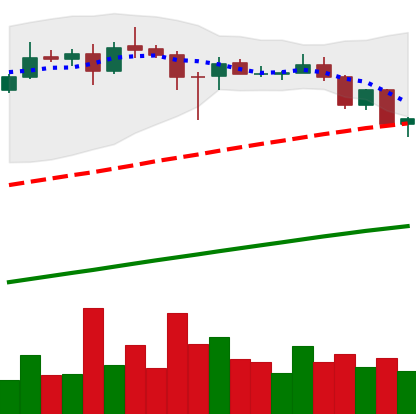
Ticker: ADA-USD
Chart end date: 2020-08-22
Forward return: -14.729%
Label: down_7plus